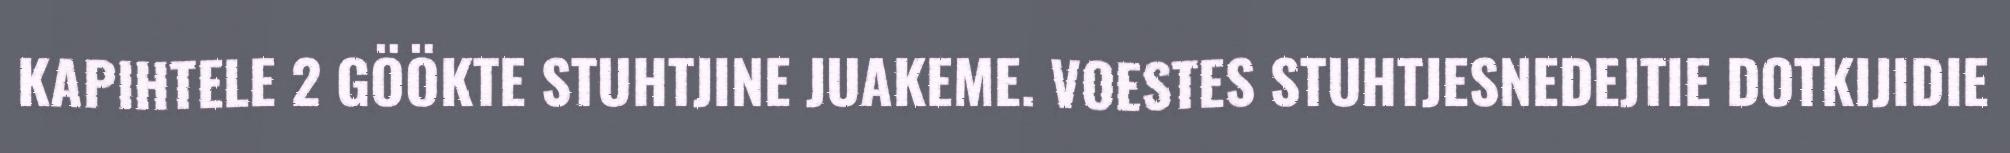
KAPIHTELE 2 GÖÖKTE STUHTJINE JUAKEME. VOESTES STUHTJESNEDEJTIE DOTKIJIDIE